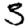
Digit: 3